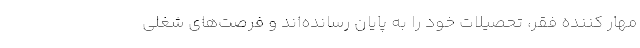
مهار کننده فقر، تحصیلات خود را به پایان رسانده‌اند و فرصت‌های شغلی